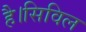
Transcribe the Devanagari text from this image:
है।सिविल